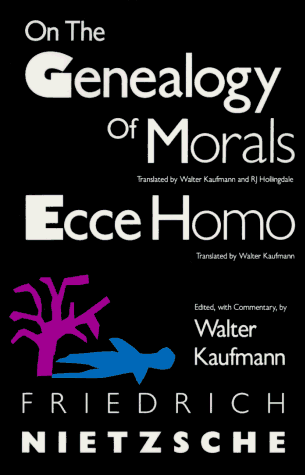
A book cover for On the Genealogy of Morals and Ecce Homo; Friedrich Nietzsche; Politics & Social Sciences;